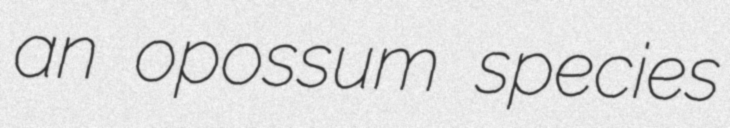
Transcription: an opossum species